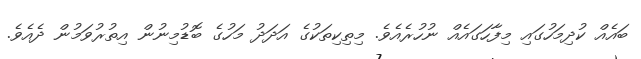
ބައެއް ކުދިމަހުގައި މިފާހަގައެއް ނުހުރެއެވެ. މިތިކިތަކުގެ އަދަދު މަހުގެ ބޮޑުމިނުން އިތުރުވަމުން ދެއެވެ.